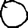
Digit: 0